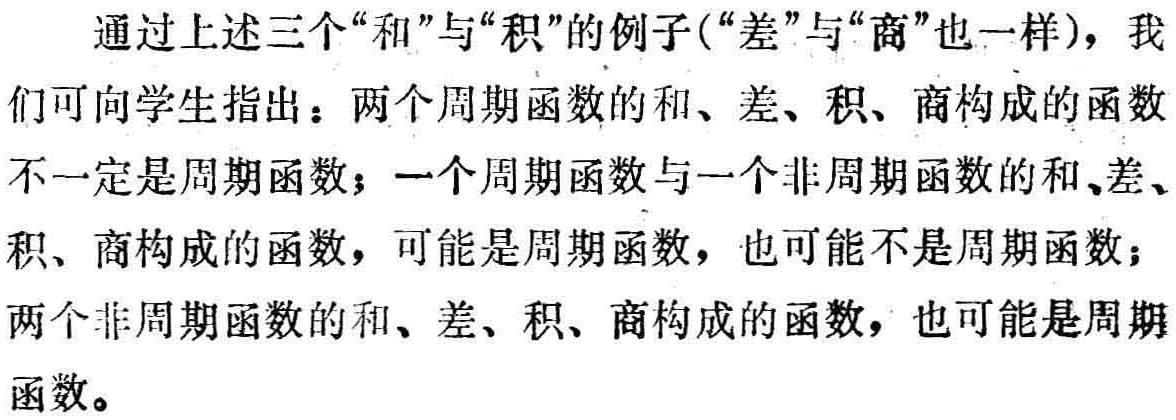
通过上述三个“和”与“积”的例子(“差”与“商”也一样)，我们可向学生指出：两个周期函数的和、差、积、商构成的函数不一定是周期函数；一个周期函数与一个非周期函数的和、差、积、商构成的函数，可能是周期函数，也可能不是周期函数；两个非周期函数的和、差、积、商构成的函数，也可能是周期函数。